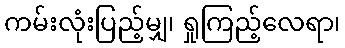
ကမ်းလုံးပြည့်မျှ၊ ရှုကြည့်လေရာ၊